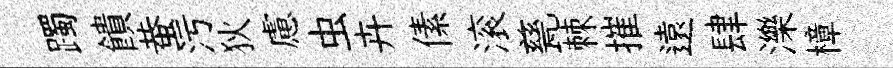
躅饋蛬污狄慮虫卉傃滚甆棘摧遠肆濼樟